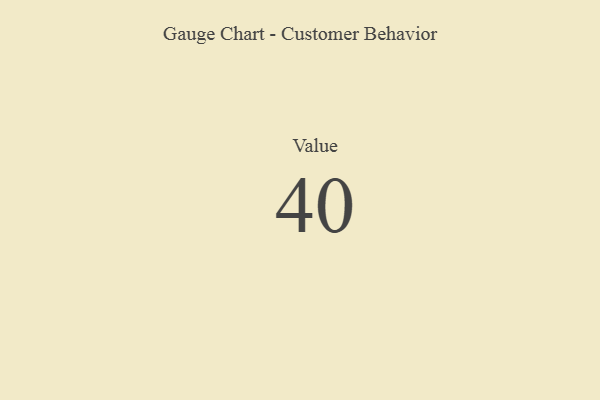
{"axis": {"x": "Metric", "y": "Value"}, "legend": [""], "data": [{"x": "Value", "y": 40, "type": ""}]}